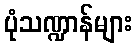
ပုံသဏ္ဍာန်များ